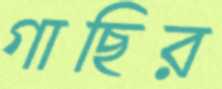
গাছির